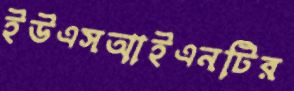
ইউএসআইএনটির